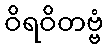
ဝိရဝိတဗ္ဗံ